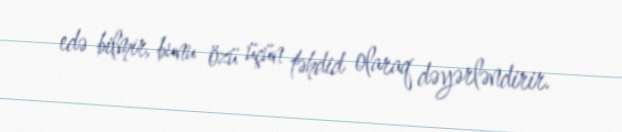
edə bilmir, bunu özü üçün təhdid olaraq dəyərləndirir.